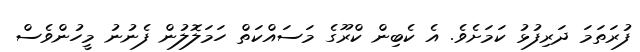
ފުރަތަމަ ދަރިފުޅު ކަމަށެވެ. އެ ކެބިން ކްރޫގެ މަސައްކަތް ހަމަލޮލުން ފެނުނު މީހުންވެސް